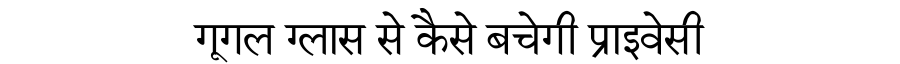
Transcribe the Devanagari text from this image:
गूगल ग्लास से कैसे बचेगी प्राइवेसी